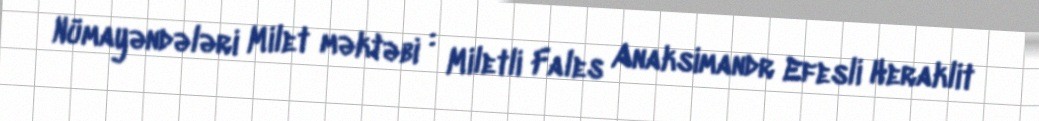
Nümayəndələri Milet məktəbi : Miletli Fales Anaksimandr Efesli Heraklit